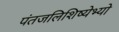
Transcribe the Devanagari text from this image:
पंतजलिशिष्येभ्यो